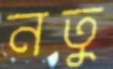
নতু